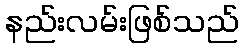
နည်းလမ်းဖြစ်သည်